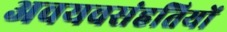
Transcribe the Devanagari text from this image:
अवयवसंहतियों